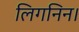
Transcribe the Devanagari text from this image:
लिगनिन।